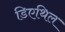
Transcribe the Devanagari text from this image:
डिएथिल